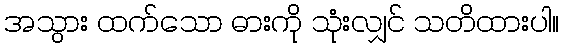
အသွား ထက်သော ဓားကို သုံးလျှင် သတိထားပါ။